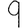
Digit: 9